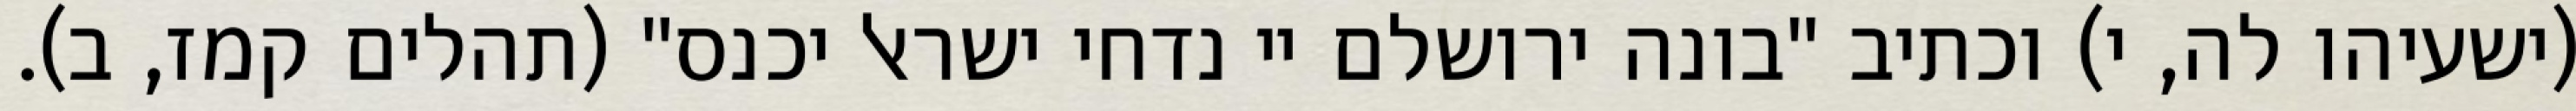
(ישעיהו לה, י) וכתיב "בונה ירושלם יי נדחי ישראל יכנס" (תהלים קמז, ב).